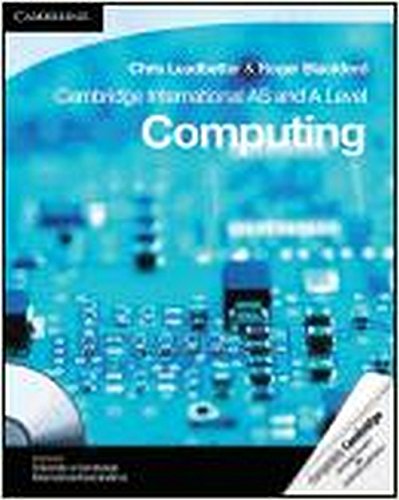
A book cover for Cambridge International AS and A Level Computing Coursebook (Cambridge International Examinations); Chris Leadbetter; Computers & Technology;